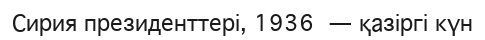
Сирия президенттері, 1936 — қазіргі күн